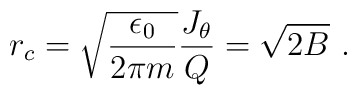
r_c=\sqrt{{{\epsilon_0}\over{2\pi m}}}{{J_\theta}\over Q}=\sqrt{2B}~.